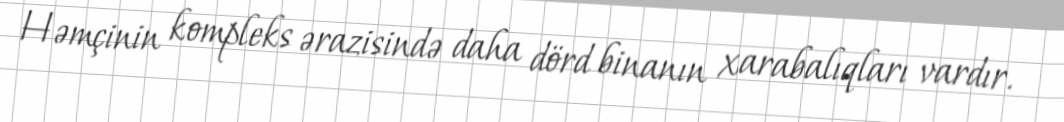
Həmçinin kompleks ərazisində daha dörd binanın xarabalıqları vardır.